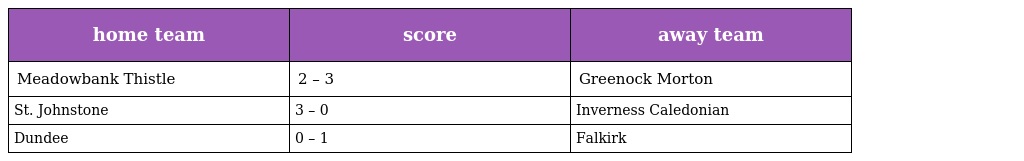
| home team | score | away team |
 | --- | --- | --- |
 | Meadowbank Thistle | 2 – 3 | Greenock Morton |
 | St. Johnstone | 3 – 0 | Inverness Caledonian |
 | Dundee | 0 – 1 | Falkirk |